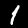
Label: 1